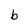
Character: b